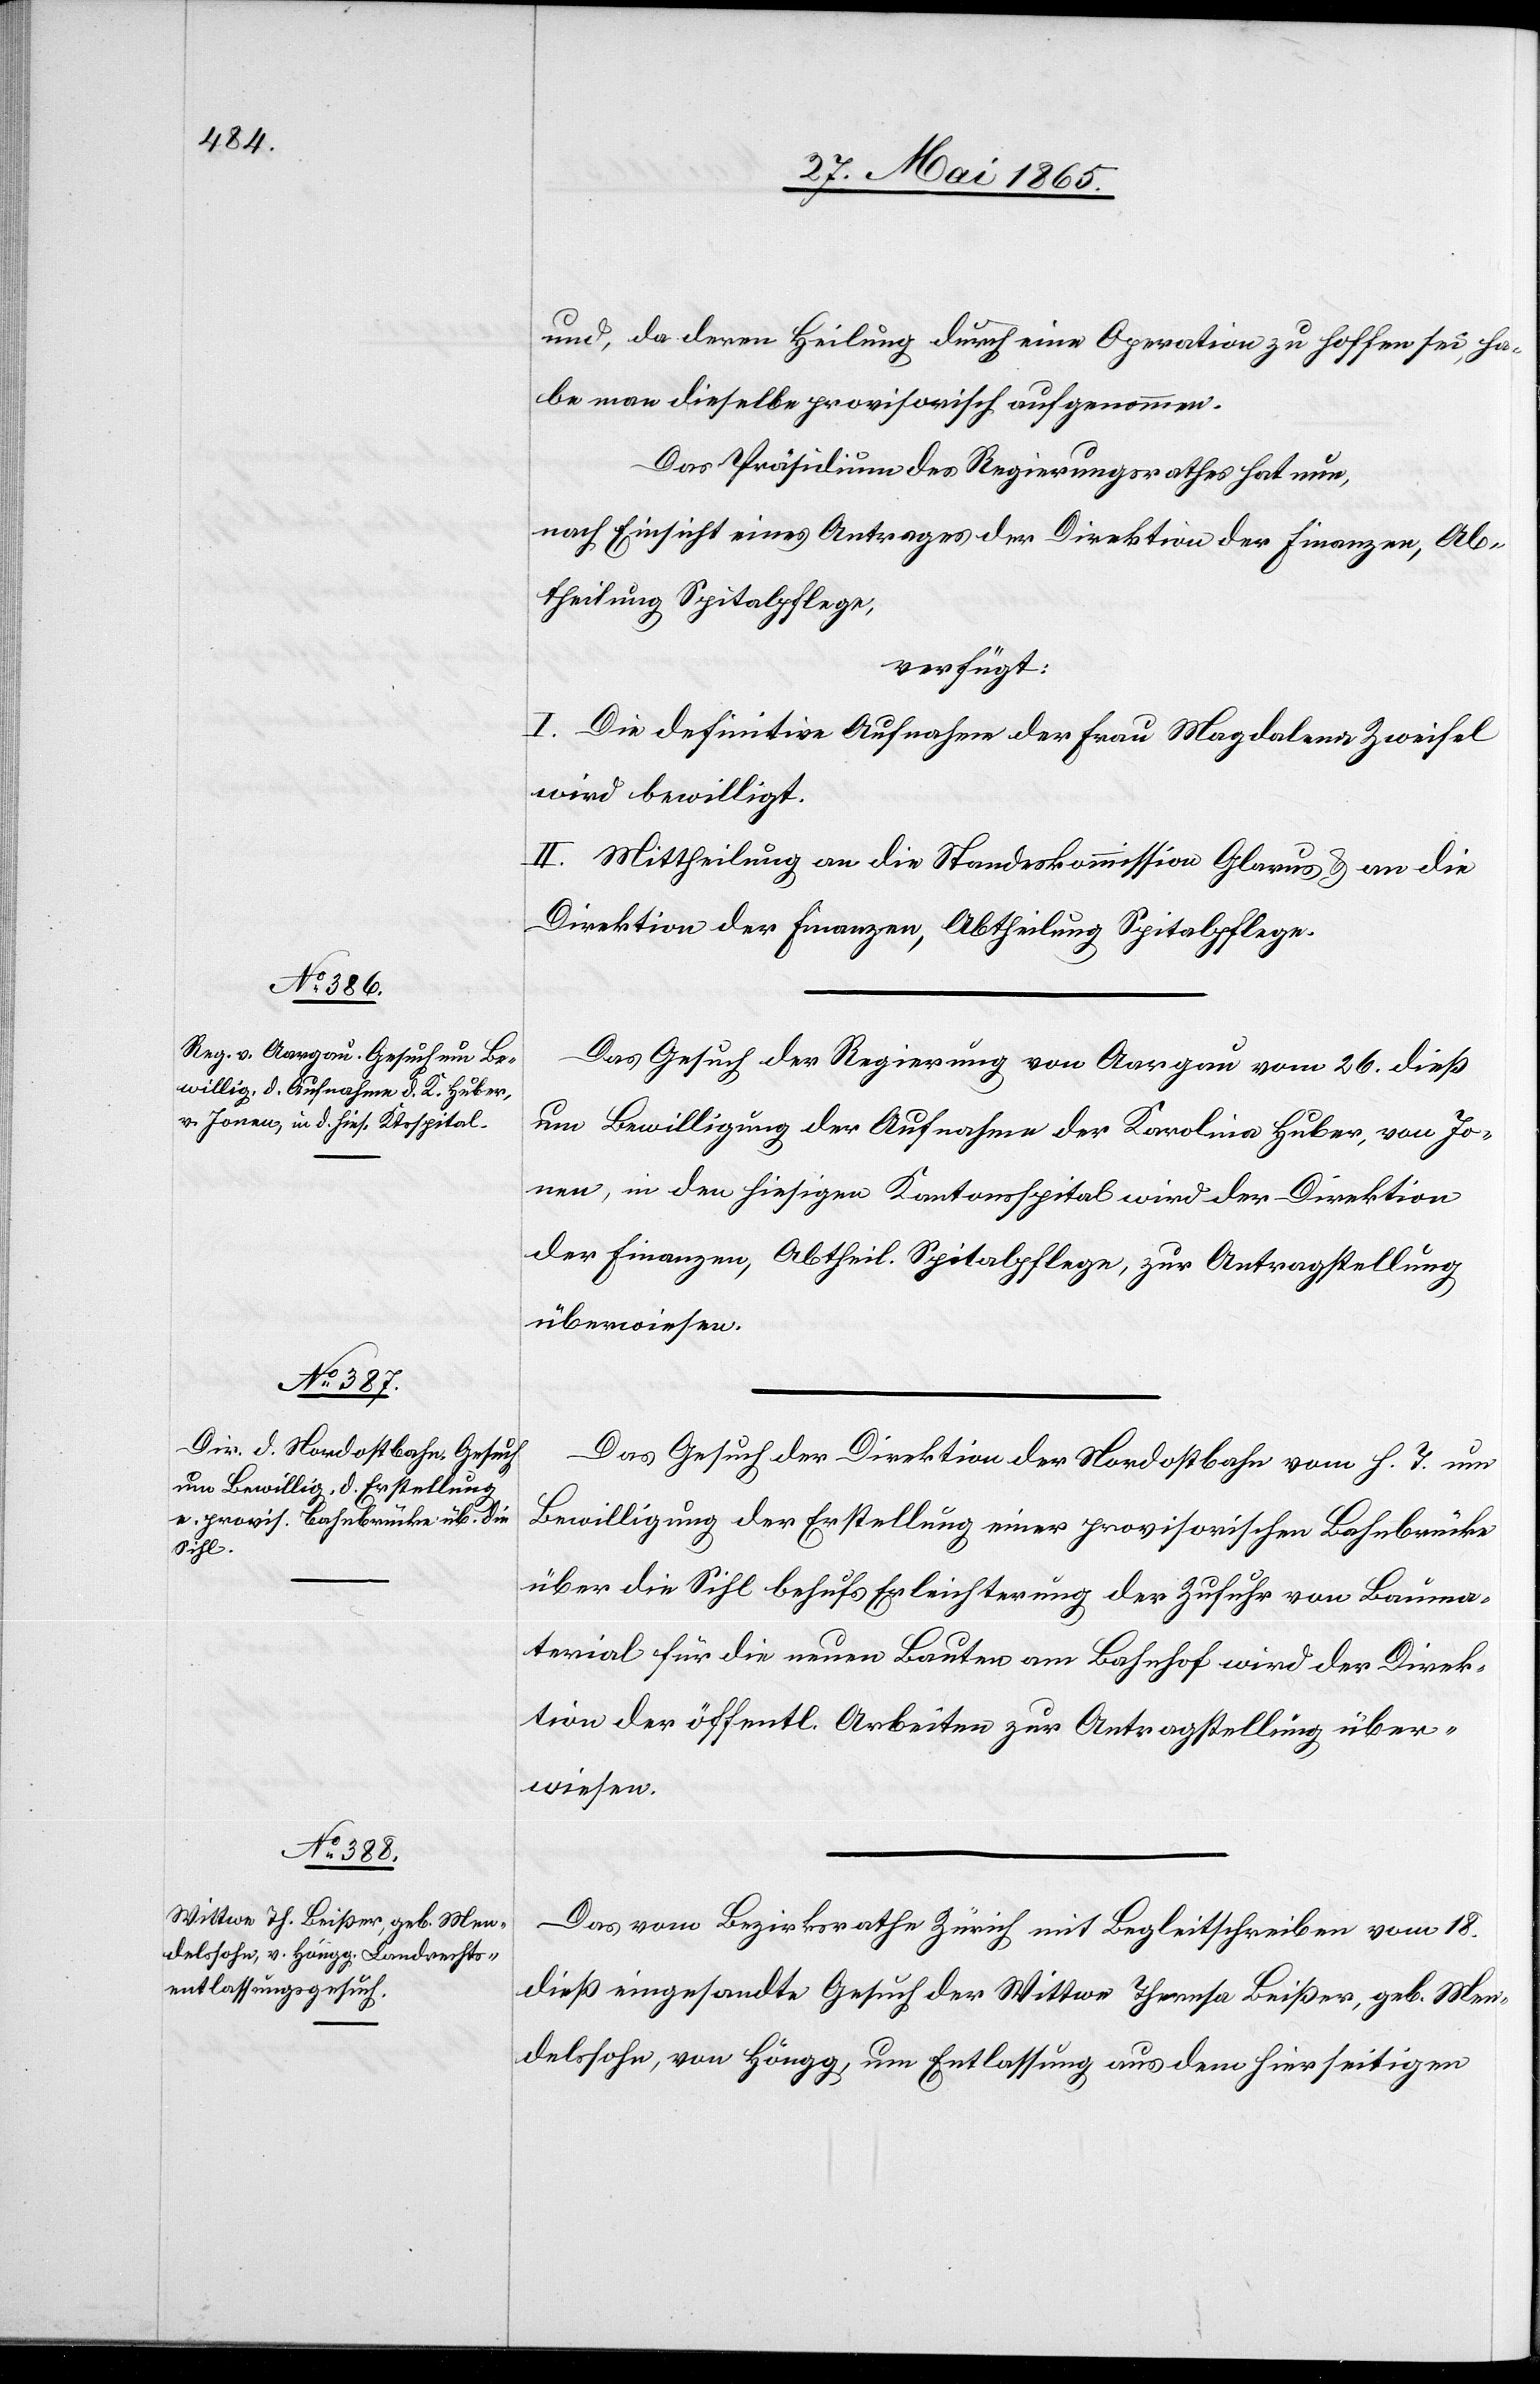
27. Mai 1865.]
und, da deren Heilung durch eine Operation zu hoffen sei, ha¬
be man dieselbe provisorisch aufgenommen.
Das Präsidium des Regierungsrathes hat nun,
nach Einsicht eines Antrages der Direktion der Finanzen, Ab¬
theilung Spitalpflege,
verfügt:
I. Die definitive Aufnahme der Frau Magdalena Zweifel
wird bewilligt.
II. Mittheilung an die Standeskommission Glarus & an die
Direktion der Finanzen, Abtheilung Spitalpflege.
Das Gesuch der Regierung von Aargau vom 26. dieß
um Bewilligung der Aufnahme der Karolina Huber, von Jo¬
nen, in den hiesigen Kantonsspital wird der Direktion
der Finanzen, Abtheil. Spitalpflege, zur Antragstellung
überwiesen.
Das Gesuch der Direktion der Nordostbahn vom h. T. um
Bewilligung der Erstellung einer provisorischen Bahnbrücke
über die Sihl behufs Erleichterung der Zufuhr von Bauma¬
terial für die neuen Bauten am Bahnhof wird der Direk¬
tion der öffentl. Arbeiten zur Antragstellung über¬
wiesen.
Das vom Bezirksrathe Zürich mit Begleitschreiben vom 18.
dieß eingesandte Gesuch der Wittwe Theresa Beißer, geb. Men¬
delssohn, von Höngg, um Entlassung aus dem hierseitigen